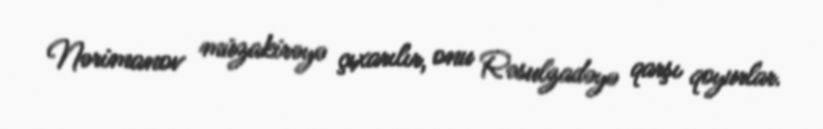
Nərimanov müzakirəyə çıxarılır, onu Rəsulzadəyə qarşı qoyurlar.